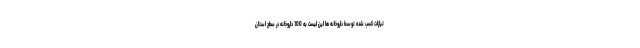
تیازات کسب شده توسط داروخانه ها این لیست به 100 داروخانه در سطح استان